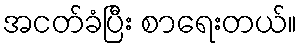
အငတ်ခံပြီး စာရေးတယ်။